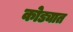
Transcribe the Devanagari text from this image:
कोड्यात